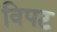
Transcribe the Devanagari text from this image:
विपट